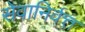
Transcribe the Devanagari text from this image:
सेवानिर्वत्त